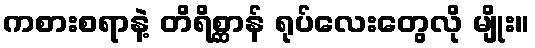
ကစားစရာနဲ့ တိရိစ္ဆာန် ရုပ်လေးတွေလို မျိုး။